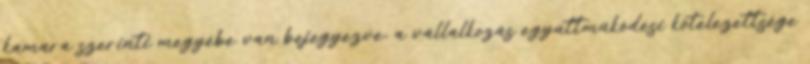
kamara szerinti megyébe van bejegyezve, a vállalkozás együttműködési kötelezettsége